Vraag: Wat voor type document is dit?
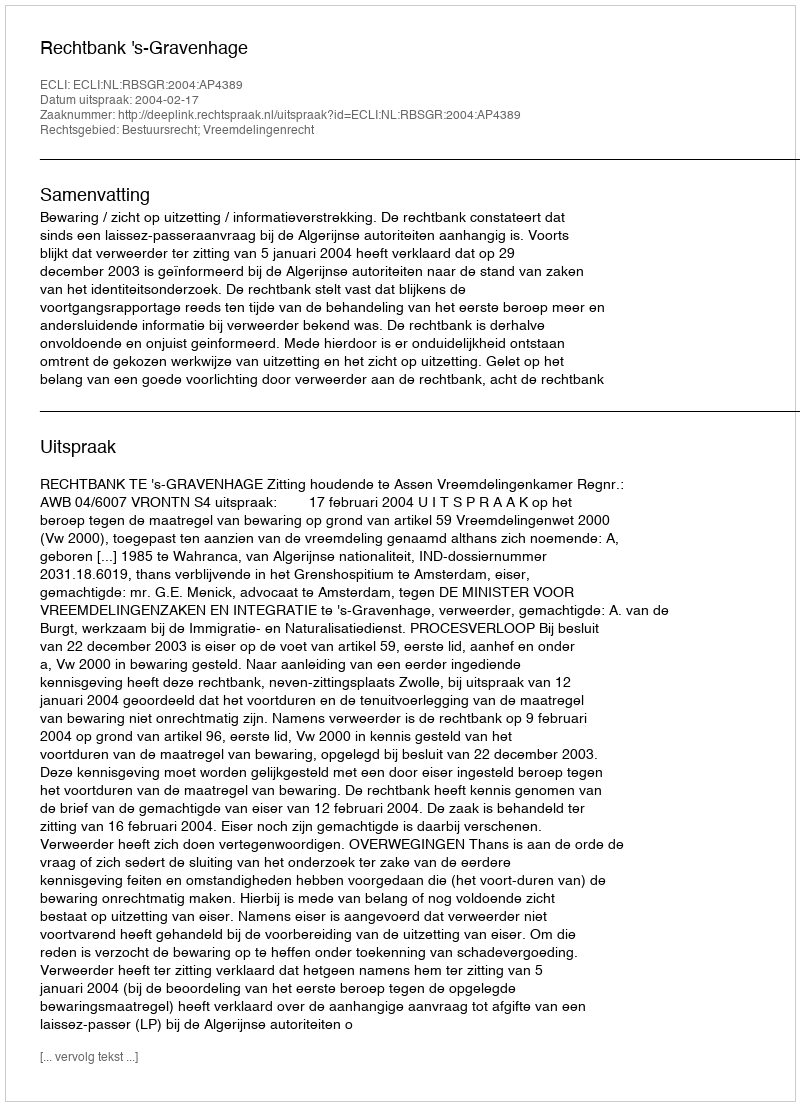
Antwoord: Uitspraak